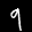
Label: 9